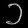
Digit: ၁